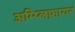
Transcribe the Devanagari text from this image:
अम्प्लिफ़ायर